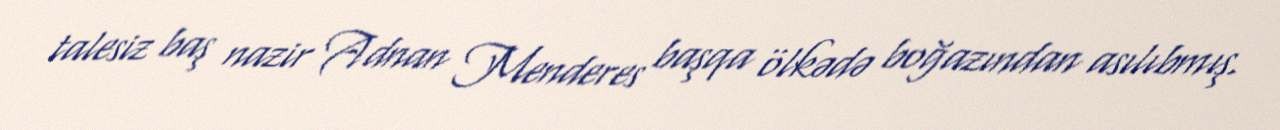
talesiz baş nazir Adnan Menderes başqa ölkədə boğazından asılıbmış.